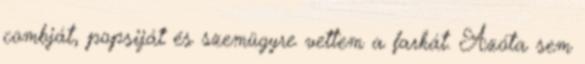
combját, popsiját és szemügyre vettem a farkát. Azóta sem